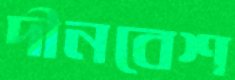
দীনবেশ